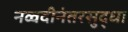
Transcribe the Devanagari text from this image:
नव्वदीनंतरसुद्धा